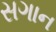
સગાન